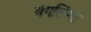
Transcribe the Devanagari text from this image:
यंगलिंगा